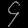
Digit: ၄